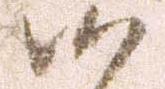
候